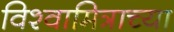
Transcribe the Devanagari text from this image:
विश्वामित्राच्या